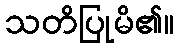
သတိပြုမိ၏။